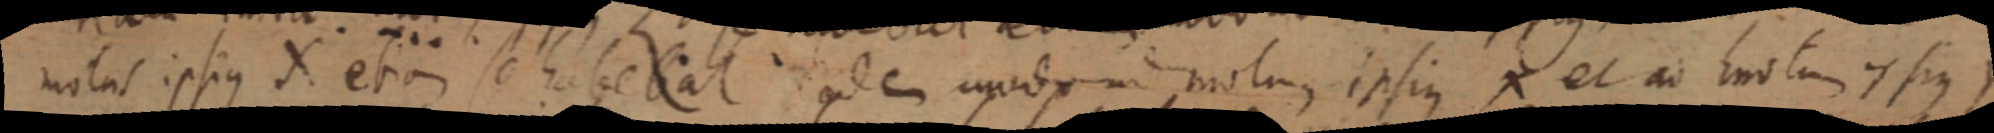
motus ipsius X etiam se habebat eadem modum ipsius X et ad motum ipsius Y